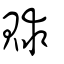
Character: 賕